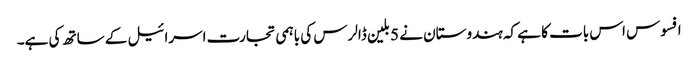
افسوس اس بات کا ہے کہ ہندوستان نے 5 بلین ڈالرس کی باہمی تجارت اسرائیل کے ساتھ کی ہے۔